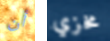
أن مخزي